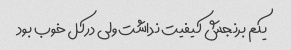
یکم برنجش کیفیت نداشت ولی درکل خوب بود